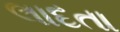
લાદતા